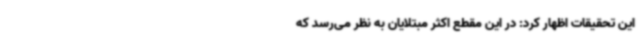
این تحقیقات اظهار کرد: در این مقطع اکثر مبتلایان به نظر می‌رسد که